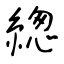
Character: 緫